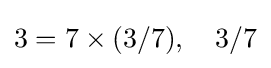
3=7\times (3/7),\quad 3/7